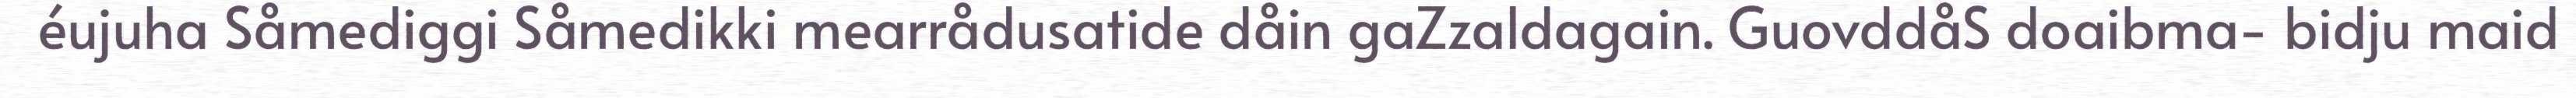
éujuha Såmediggi Såmedikki mearrådusatide dåin gaZzaldagain. GuovddåS doaibma- bidju maid